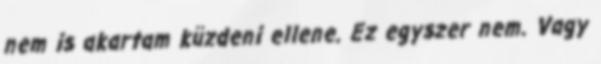
nem is akartam küzdeni ellene. Ez egyszer nem. Vagy